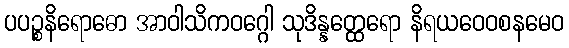
ပပဉ္စနိရောဓော အာဝါသိကဝဂ္ဂေါ သုဒိန္နတ္ထေရော နိရယဝေဝစနမေဝ